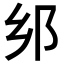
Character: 𨙵